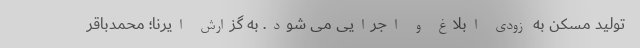
تولید مسکن به زودی ابلاغ و اجرایی می شود. به گزارش ایرنا؛ محمدباقر